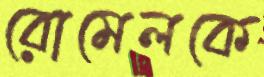
রোমেলকে